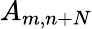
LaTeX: A_{m,n+N}